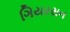
ગિયરસન